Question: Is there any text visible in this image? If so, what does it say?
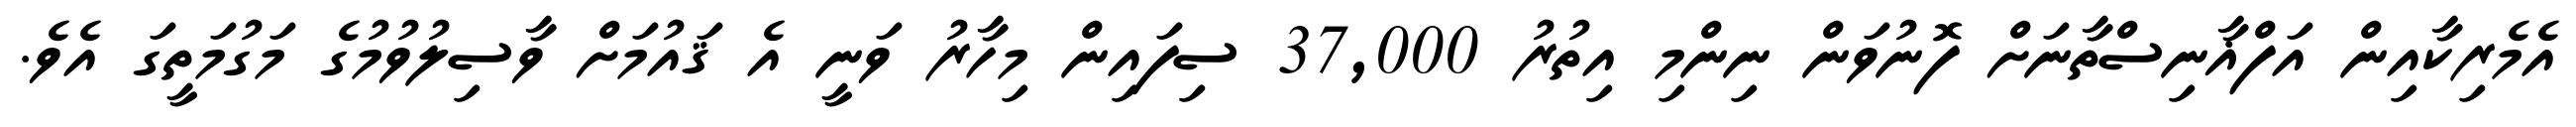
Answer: އެމެރިކާއިން އަފްޣާނިސްތާނަށް ފޮނުވަން ނިންމި އިތުރު 37,000 ސިފައިން މިހާރު ވަނީ އެ ޤައުމަށް ވާސިލުވުމުގެ މަގުމަތީގަ އެވެ.